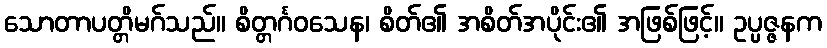
သောတာပတ္တိမဂ်သည်။ စိတ္တင်္ဂဝသေန၊ စိတ်၏ အစိတ်အပိုင်း၏ အဖြစ်ဖြင့်။ ဥပ္ပဇ္ဇနက